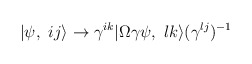
\begin{align*}|\psi ,\ ij\rangle \rightarrow \gamma ^{ik}|\Omega \gamma \psi ,\ lk\rangle(\gamma ^{lj})^{-1}\end{align*}